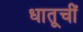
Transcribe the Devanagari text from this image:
धातूचीं